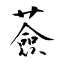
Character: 薟